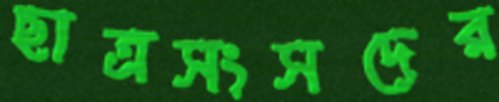
ছাত্রসংসদের